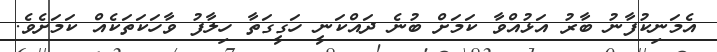
އެމަނިކުފާނު ބާރު އަޅުއްވާ ކަމަށް ބުނެ ދައްކަނީ ހަގީގަތާ ހިލާފު ވާހަކަތަކެއް ކަމަށެވެ.